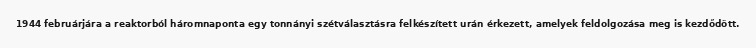
1944 februárjára a reaktorból háromnaponta egy tonnányi szétválasztásra felkészített urán érkezett, amelyek feldolgozása meg is kezdődött.